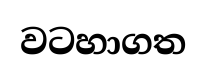
වටහාගත